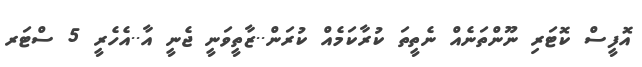
އޮފީސް ކޮޓަރި ނޫންތަނެއް ނެތީތަ ކުރާކަމެއް ކުރަން..ޒާތީވަނީ ޖެނީ އާ..އެހެރީ 5 ސްޓަރ